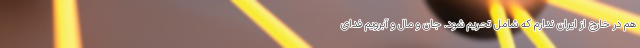
هم در خارج از ایران ندارم که شامل تحریم شود. جان و مال و آبرویم فدای